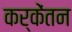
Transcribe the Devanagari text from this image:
कर्केंतन